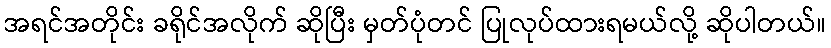
အရင်အတိုင်း ခရိုင်အလိုက် ဆိုပြီး မှတ်ပုံတင် ပြုလုပ်ထားရမယ်လို့ ဆိုပါတယ်။